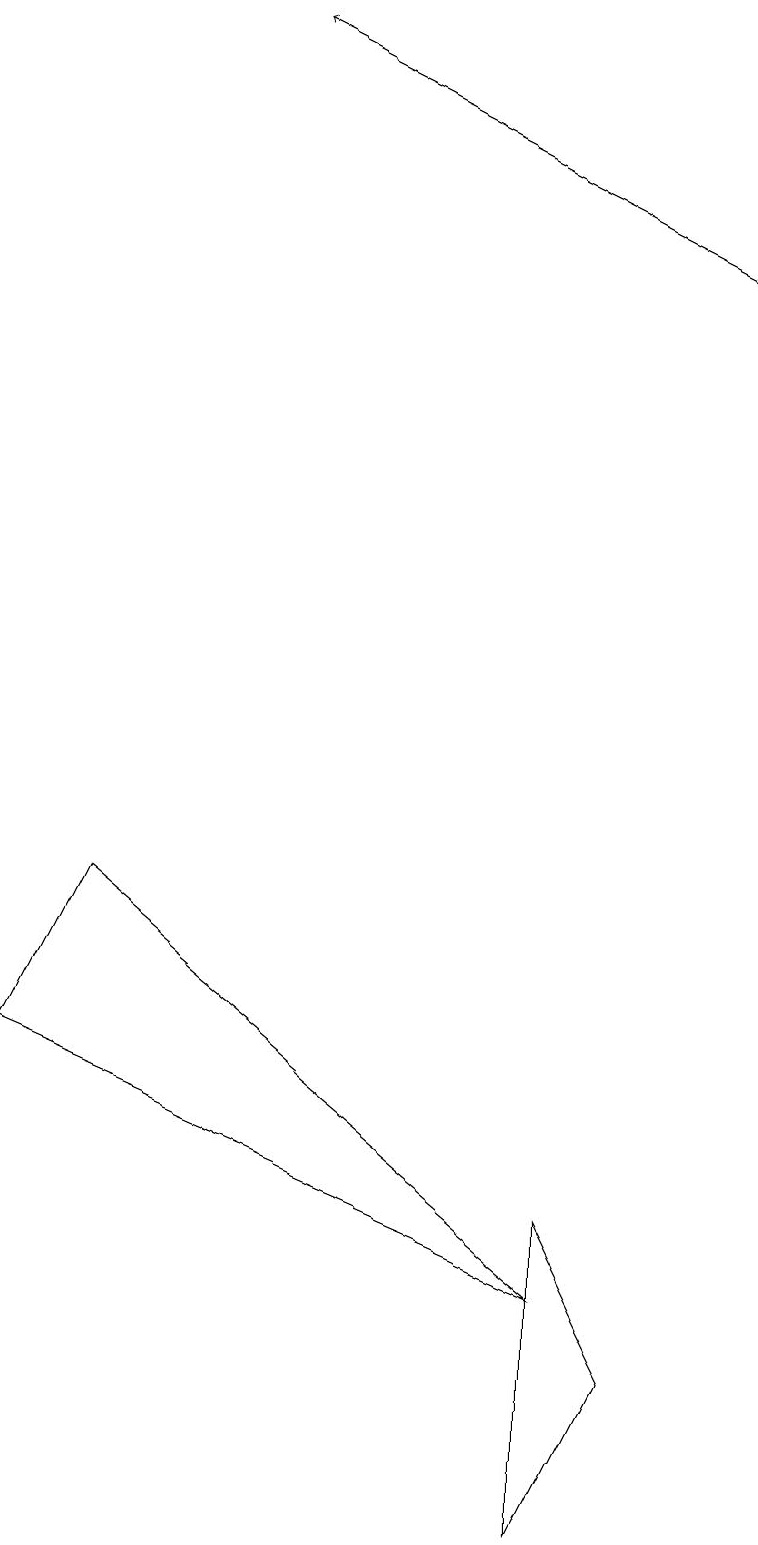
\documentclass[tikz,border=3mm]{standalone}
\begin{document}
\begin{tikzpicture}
\draw (7,3) -- (1,8) -- (0,6) -- cycle;
\draw[->] (9,16) -- (3,19);
\draw (7,4) -- (7,0) -- (8,2) -- cycle;
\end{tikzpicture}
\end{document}